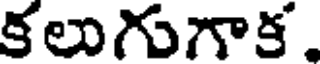
కలుగుగాక.